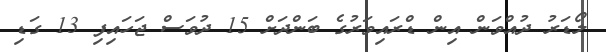
ލޯޑަރު ދުއްވަން އިން ޑްރައިވަރުގެ ބަންދަށް 15 ދުވަސް ޖަހައިފި 13 ގަޑި